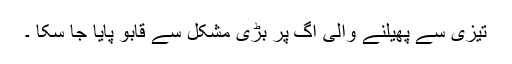
تیزی سے پھیلنے والی آگ پر بڑی مشکل سے قابو پایا جا سکا ۔